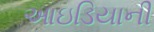
આઇડિયાની